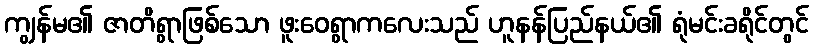
ကျွန်မ၏ ဇာတိရွာဖြစ်သော ဖူးဝေရွာကလေးသည် ဟူနန်ပြည်နယ်၏ ရုံမင်းခရိုင်တွင်